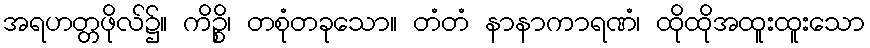
အရဟတ္တဖိုလ်၌။ ကိဉ္စိ၊ တစုံတခုသော။ တံတံ နာနာကာရဏံ၊ ထိုထိုအထူးထူးသော